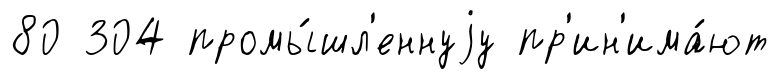
80 304 промы́шл'еннуjу пр'ин'има́ют